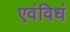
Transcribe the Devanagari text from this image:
एवंविधं